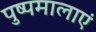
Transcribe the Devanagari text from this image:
पुष्पमालाएं